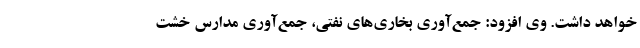
خواهد داشت. وی افزود: جمع‌آوری بخاری‌های نفتی، جمع‌آوری مدارس خشت